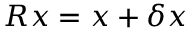
R x = x + \delta x